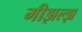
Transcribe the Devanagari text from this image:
मीझल्झ